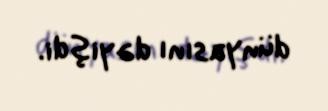
dünyasını dəyişdi.